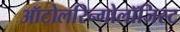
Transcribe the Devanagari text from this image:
ऑटोलरिन्गोलॉजिस्ट